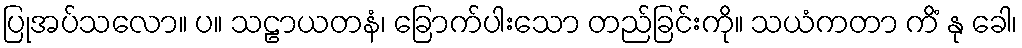
ပြုအပ်သလော။ ပ။ သဠာယတနံ၊ ခြောက်ပါးသော တည်ခြင်းကို။ သယံကတာ ကိံ နု ခေါ၊